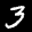
Label: 3